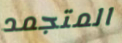
المتجمد